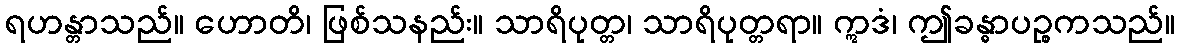
ရဟန္တာသည်။ ဟောတိ၊ ဖြစ်သနည်း။ သာရိပုတ္တ၊ သာရိပုတ္တရာ။ ဣဒံ၊ ဤခန္ဓာပဉ္စကသည်။